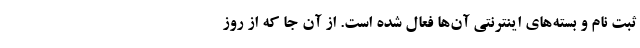
ثبت نام و بسته‌های اینترنتی آن‌ها فعال شده است. از آن ‌جا که از روز